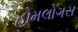
હોમલોગસ